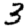
Digit: 3